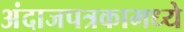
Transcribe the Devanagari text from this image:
अंदाजपत्रकामध्ये